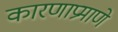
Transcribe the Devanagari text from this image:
कारणाप्रमाणे